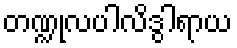
တဏ္ဍုလပါလိဒွါရာယ